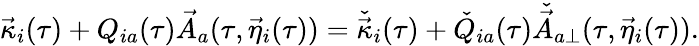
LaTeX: \vec{\kappa}_{i}(\tau)+Q_{ia}(\tau)\vec{A}_{a}(\tau,\vec{\eta}_{i}(\tau))=\check{\vec{\kappa}}_{i}(\tau)+\check{Q}_{ia}(\tau)\check{\vec{A}}_{a\perp}(\tau,\vec{\eta}_{i}(\tau)).